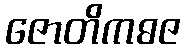
ဇောတိကဓဇ